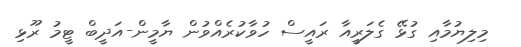
މިލިޔުމާއި ގުޅޭ ގެލަރީއާ ރައީސް ހުވާކުރެއްވުން ޔާމީން-އަދީބް ޓީމު ރޫޅި